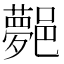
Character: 𨞯